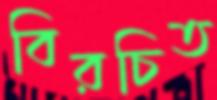
বিরচিত